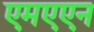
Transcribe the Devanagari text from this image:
एमएएन